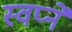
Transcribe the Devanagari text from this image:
स्वप्‍ने